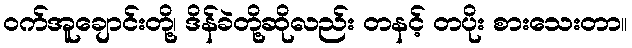
ဝက်အူချောင်းတို့၊ ဒိန်ခဲတို့ဆိုလည်း တနင့် တပိုး စားသေးတာ။